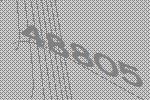
48805